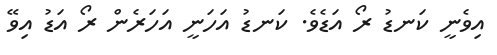
އިވެނީ ކަނޑު ރޯ އަޑެވެ. ކަނޑު އަހަނީ އަހަރެން ރޯ އަޑު އިވޭ